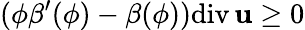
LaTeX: (\phi\beta^{\prime}(\phi)-\beta(\phi))\mathrm{div}\, {\mathbf u}\geq 0